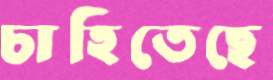
চাহিতেছে